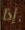
إذا